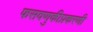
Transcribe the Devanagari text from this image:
फसवणुकीप्रकरणी